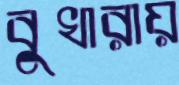
বুখারায়